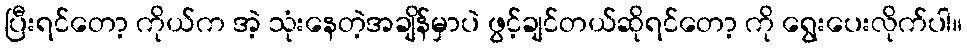
ပြီးရင်တော့ ကိုယ်က အဲ့ သုံးနေတဲ့အချိန်မှာပဲ ဖွင့်ချင်တယ်ဆိုရင်တော့ ကို ရွေးပေးလိုက်ပါ။